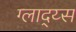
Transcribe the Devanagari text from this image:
ग्लाद्य्स